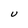
Character: U